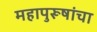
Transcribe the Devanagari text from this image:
महापुरूषांचा